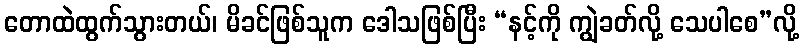
တောထဲထွက်သွားတယ်၊ မိခင်ဖြစ်သူက ဒေါသဖြစ်ပြီး “နင့်ကို ကျွဲခတ်လို့ သေပါစေ”လို့